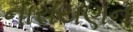
નારાયણન